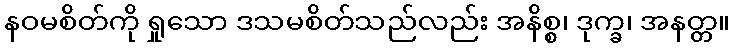
နဝမစိတ်ကို ရှုသော ဒသမစိတ်သည်လည်း အနိစ္စ၊ ဒုက္ခ၊ အနတ္တ။